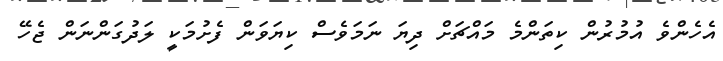
އެހެންވެ އުމުރުން ކިތަންމެ މައްޗަށް ދިޔަ ނަމަވެސް ކިޔަވަން ފެށުމަކީ ލަދުގަންނަން ޖެހޭ